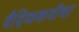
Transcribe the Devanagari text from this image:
वैदिककवींचा